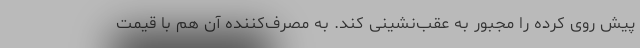
پیش روی کرده را مجبور به عقب‌نشینی کند. به مصرف‌کننده آن هم با قیمت